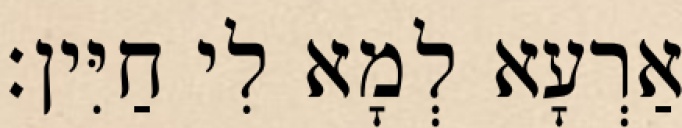
אַרְעָא לְמָא לִי חַיִּין׃